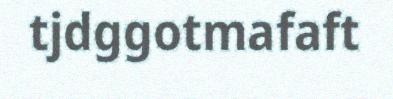
tjdggotmafaft